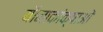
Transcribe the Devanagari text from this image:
यौनाकांक्षाओं